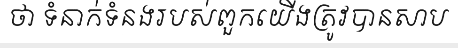
ថា ទំនាក់ទំនងរបស់ពួកយើងត្រូវបានសាប